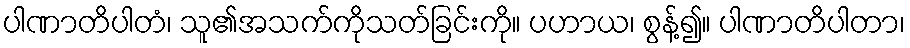
ပါဏာတိပါတံ၊ သူ၏အသက်ကိုသတ်ခြင်းကို။ ပဟာယ၊ စွန့်၍။ ပါဏာတိပါတာ၊